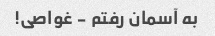
به آسمان رفتم - غواصی!